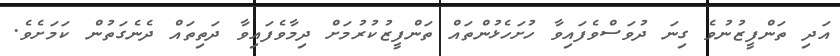
އަދި ތަންފީޒުނުވެ ގިނަ ދުވަސްވެފައިވާ ހުށަހެޅުންތައް ތަންފީޒުކުރުމަށް ދިމާވެފައިވާ ދަތިތައް ދެނެގަތުން ކަމަށެވެ.